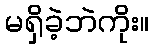
မရှိခဲ့ဘဲကိုး။